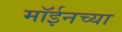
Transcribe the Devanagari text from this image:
मॉईनच्या